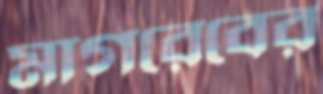
মাগরেবের